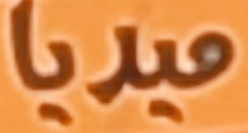
ميديا